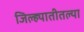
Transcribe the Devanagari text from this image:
जिल्ह्यातीतल्या